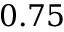
0 . 7 5